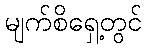
မျက်စိရှေ့တွင်